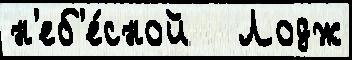
н'еб'е́сной   Лодж